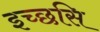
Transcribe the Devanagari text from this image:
इच्छसि